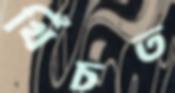
খিঁচত